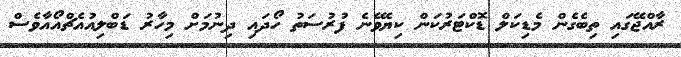
ރާއްޖޭގައި ތިބެގެން މެޑިކަލް ޑޮކްޓަރުކަން ކިޔެވޭނެ ފުރުސަތު ހޯދައި ދިނުމަށް މިހާރު ޑަބްލިއުއެޗްއޯއާވެސް